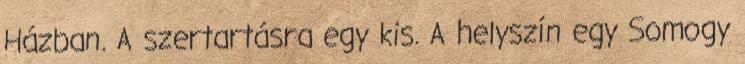
Házban. A szertartásra egy kis. A helyszín egy Somogy